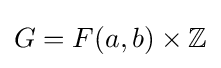
G=F(a,b)\times \mathbb {Z}